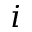
i